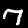
Label: 7